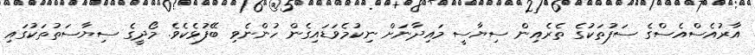
އާރުއެސްއެސްގެ ސަފުތަކުގެ ތެރެއިން ސިޔާސީ މައިދާނަށް ނިކުމެވަޑައިގެން ހުންނެވި ބޭފުޅެކެވެ. މޯދީގެ ސިޔާސަތުތަކުގައި